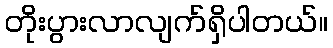
တိုးပွားလာလျက်ရှိပါတယ်။